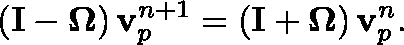
\left( \mathbf { I } - \mathbf { \Omega } \right) \mathbf { v } _ { p } ^ { n + 1 } = \left( \mathbf { I } + \mathbf { \Omega } \right) \mathbf { v } _ { p } ^ { n } .